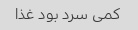
کمی سرد بود غذا